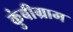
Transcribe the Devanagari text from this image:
कुंबीग्राम